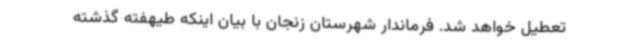
تعطیل خواهد شد. فرماندار شهرستان زنجان با بیان اینکه طیهفته گذشته